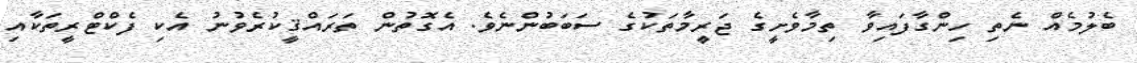
ބެލުމެއް ނެތި ހިންގާފައިވާ ތިމާވެށީގެ ޖަރީމާތަކުގެ ސަބަބުންނެވެ. އެގޮތުން ތަރައްޤީކުރެވުނު އެކި ފެކްޓްރީތަކާއި